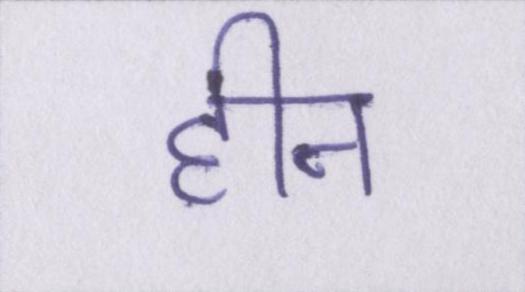
हीन